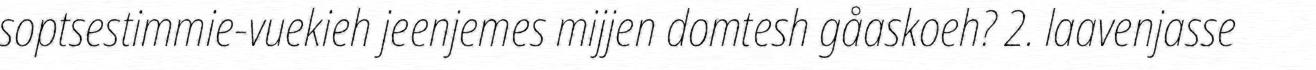
soptsestimmie-vuekieh jeenjemes mijjen domtesh gåaskoeh? 2. laavenjasse